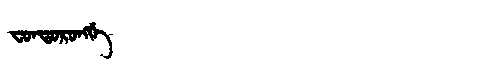
Manchu: ᠸᠣᠨᡨᠣᡵᠣᠩᡤᡝ
Romanization: FONTORONGGE